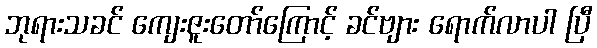
ဘုရားသခင် ကျေးဇူးတော်ကြောင့် ခင်ဗျား ရောက်လာပါ ပြီ